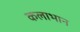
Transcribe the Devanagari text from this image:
कलाभान